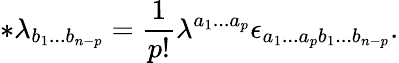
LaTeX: \ast\lambda_{b_{1}...b_{n-p}}=\frac 1{p!}\lambda^{a_{1}...a_{p}}\epsilon_{a_{1}...a_{p}b_{1}...b_{n-p}}.